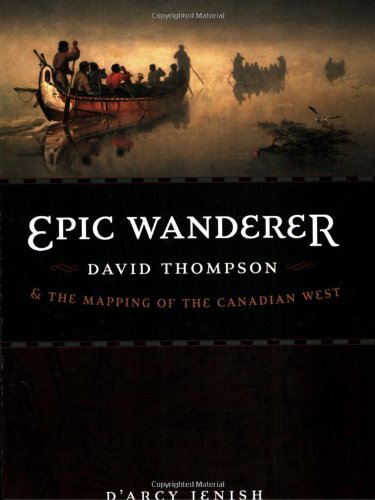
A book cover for Epic Wanderer: David Thompson and the Mapping of the Canadian West; D'Arcy Jenish; Biographies & Memoirs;